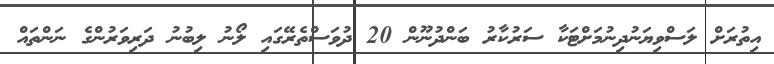
އިތުރަށް ލަސްވިޔަނުދިނުމަށްޓަކާ ސަރުކާރު ބަންދުނޫން 20 ދުވަސްތެރޭގައި ލޯނު ލިބުނު ދަރިވަރުންގެ ނަންތައް